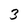
Character: 3